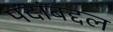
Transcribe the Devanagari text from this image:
पदांबद्दल